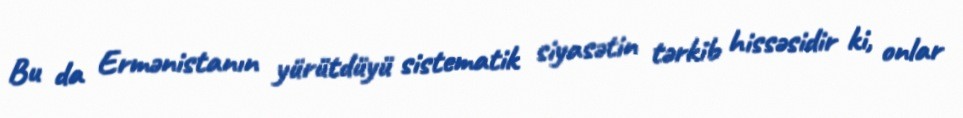
Bu da Ermənistanın yürütdüyü sistematik siyasətin tərkib hissəsidir ki, onlar